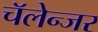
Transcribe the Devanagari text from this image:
चॅलेन्जर